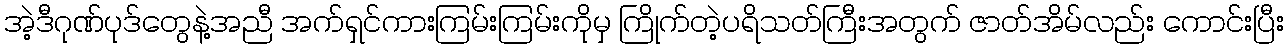
အဲ့ဒီဂုဏ်ပုဒ်တွေနဲ့အညီ အက်ရှင်ကားကြမ်းကြမ်းကိုမှ ကြိုက်တဲ့ပရိသတ်ကြီးအတွက် ဇာတ်အိမ်လည်း ကောင်းပြီး